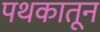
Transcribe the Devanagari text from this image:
पथकातून